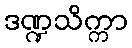
ဒဏ္ဍသိက္ကာ